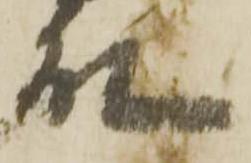
殿